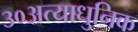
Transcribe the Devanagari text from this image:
३०अत्याधुनिक